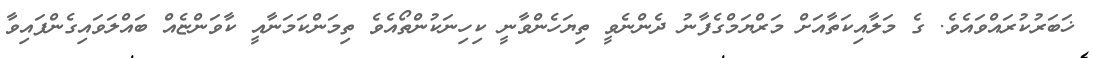
ޚަބަރުކުރައްވައެވެ. ގެ މަލާއިކަތާއަށް މަރްޔަމްގެފާނު ދެންނެވީ ތިޔަހެންވާނީ ކިހިނަކުންތޯއެވެ ތިމަންކަމަނާއީ ކާވަންޏެއް ބައްލަވައިގެންފައިވާ